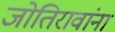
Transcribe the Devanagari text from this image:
जोतिरावांना